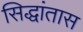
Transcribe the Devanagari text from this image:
सिद्धांतास